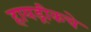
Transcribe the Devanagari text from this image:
हायड्रीकचे